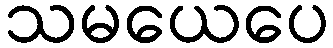
သမယေပေ